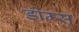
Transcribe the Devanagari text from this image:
डोम्स